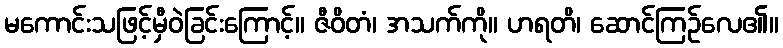
မကောင်းသဖြင့်မှီဝဲခြင်းကြောင့်။ ဇီဝိတံ၊ အသက်ကို။ ဟရတိ၊ ဆောင်ကြဉ်လေ၏။